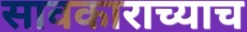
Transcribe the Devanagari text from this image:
सावकाराच्याच